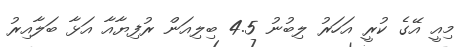
މިއީ އޭގެ ކުރީ އަހަރު ލިބުނު 4.5 ބިލިއަން ރުފިޔާއާ އަޅާ ބަލާއިރު